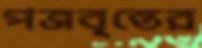
পত্রবৃন্তের